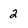
Character: 2